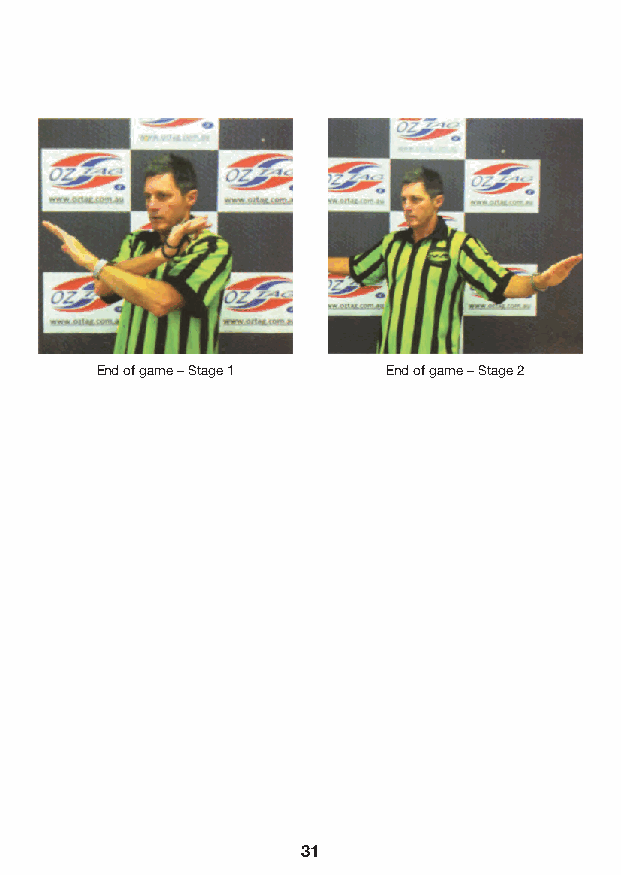
End of game – Stage 1 End of game – Stage 2
 31                                       32